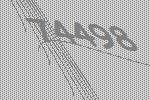
74498